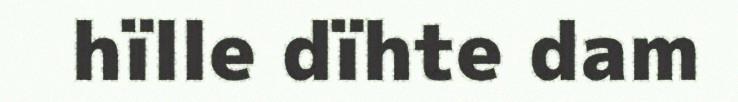
hïlle dïhte dam